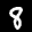
Label: 8